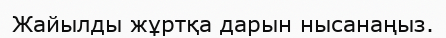
Жайылды жұртқа дарын нысанаңыз.